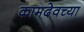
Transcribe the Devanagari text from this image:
कामदेवच्या